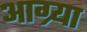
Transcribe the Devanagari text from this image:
आग्र्या